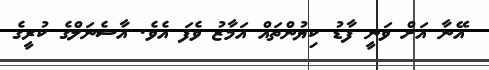
އޭނާ އަށް ވަނީ ފާޑު ކިޔުންތައް އަމާޒު ވެފަ އެވެ. އާސެނަލްގެ ކުރީގެ